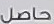
حاصل